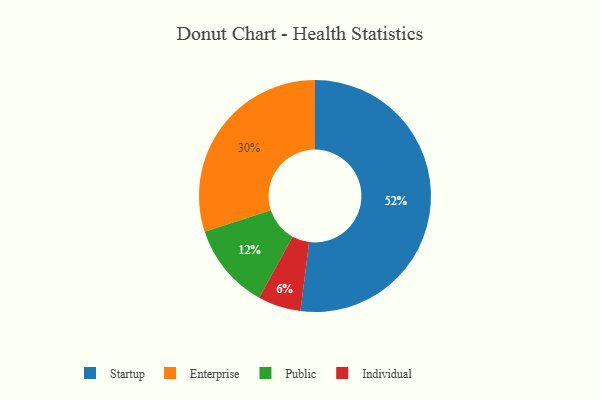
{"axis": {"x": "Category", "y": "Percentage"}, "legend": ["Enterprise", "Individual", "Public", "Startup"], "data": [{"x": "Enterprise", "y": 30, "type": "Enterprise"}, {"x": "Individual", "y": 6, "type": "Individual"}, {"x": "Startup", "y": 52, "type": "Startup"}, {"x": "Public", "y": 12, "type": "Public"}]}